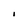
Character: I